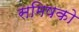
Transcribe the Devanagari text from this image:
समिषको